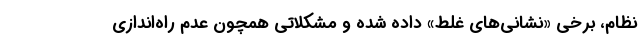
نظام، برخی «نشانی‌های غلط» داده شده و مشکلاتی همچون عدم راه‌اندازی